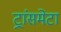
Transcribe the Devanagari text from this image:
ट्रांसमेटा